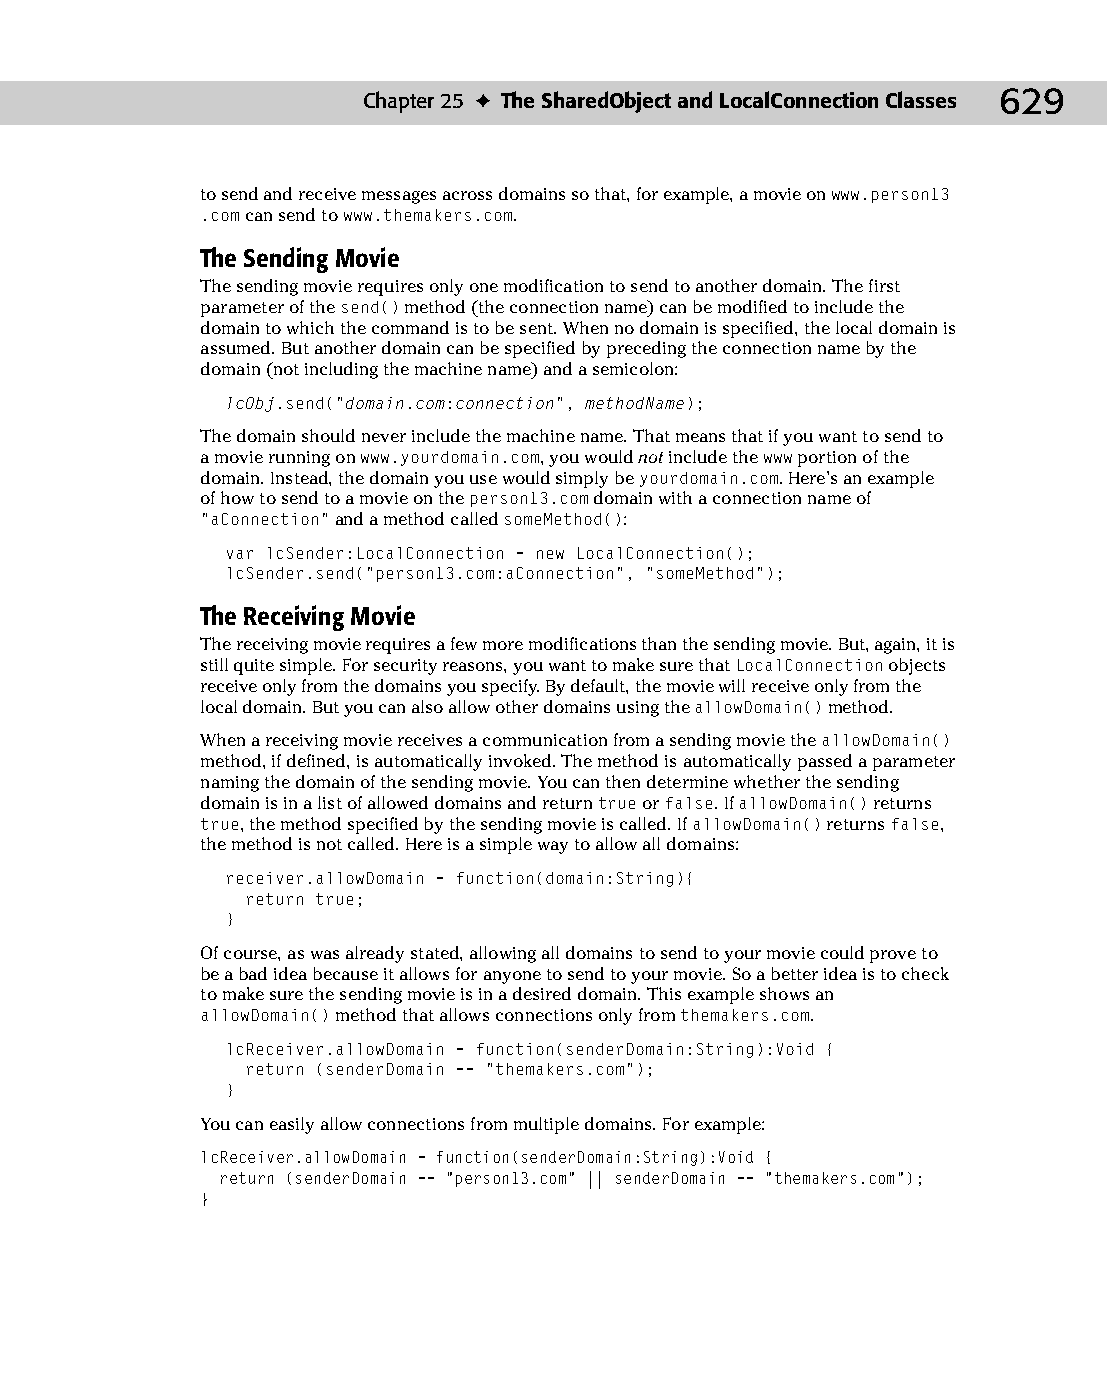
33 543547 ch25.qxd 3/24/04 4:08 PM Page 629
 Chapter 25 ✦ The SharedObject and LocalConnection Classes 629
 to send and receive messages across domains so that, for example, a movie on www.person13
 .com can send to www.themakers.com.
 The Sending Movie
 The sending movie requires only one modification to send to another domain. The first
 parameter of the send() method (the connection name) can be modified to include the
 domain to which the command is to be sent. When no domain is specified, the local domain is
 assumed. But another domain can be specified by preceding the connection name by the
 domain (not including the machine name) and a semicolon:
 lcObj.send(“domain.com:connection”, methodName);
 The domain should never include the machine name. That means that if you want to send to
 a movie running on www.yourdomain.com, you would not include the www portion of the
 domain. Instead, the domain you use would simply be yourdomain.com. Here’s an example
 of how to send to a movie on the person13.com domain with a connection name of
 “aConnection” and a method called someMethod():
 var lcSender:LocalConnection = new LocalConnection();
 lcSender.send(“person13.com:aConnection”, “someMethod”);
 The Receiving Movie
 The receiving movie requires a few more modifications than the sending movie. But, again, it is
 still quite simple. For security reasons, you want to make sure that LocalConnection objects
 receive only from the domains you specify. By default, the movie will receive only from the
 local domain. But you can also allow other domains using the allowDomain() method.
 When a receiving movie receives a communication from a sending movie the allowDomain()
 method, if defined, is automatically invoked. The method is automatically passed a parameter
 naming the domain of the sending movie. You can then determine whether the sending
 domain is in a list of allowed domains and return true or false. If allowDomain() returns
 true, the method specified by the sending movie is called. If allowDomain() returns false,
 the method is not called. Here is a simple way to allow all domains:
 receiver.allowDomain = function(domain:String){
 return true;
 }
 Of course, as was already stated, allowing all domains to send to your movie could prove to
 be a bad idea because it allows for anyone to send to your movie. So a better idea is to check
 to make sure the sending movie is in a desired domain. This example shows an
 allowDomain() method that allows connections only from themakers.com.
 lcReceiver.allowDomain = function(senderDomain:String):Void {
 return (senderDomain == “themakers.com”);
 }
 You can easily allow connections from multiple domains. For example:
 lcReceiver.allowDomain = function(senderDomain:String):Void {
 return (senderDomain == “person13.com” || senderDomain == “themakers.com”);
 }